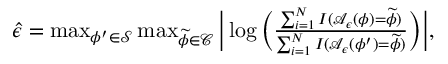
\begin{array} { r } { \widehat { \epsilon } = \operatorname* { m a x } _ { \phi ^ { \prime } \in \mathcal { S } } \operatorname* { m a x } _ { \widetilde { \phi } \in \mathcal { C } } \Big | \log \Big ( \frac { \sum _ { i = 1 } ^ { N } I ( \mathcal { A } _ { \epsilon } ( \phi ) = \widetilde { \phi } ) } { \sum _ { i = 1 } ^ { N } I ( \mathcal { A } _ { \epsilon } ( \phi ^ { \prime } ) = \widetilde { \phi } ) } \Big ) \Big | , } \end{array}